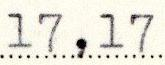
17,17